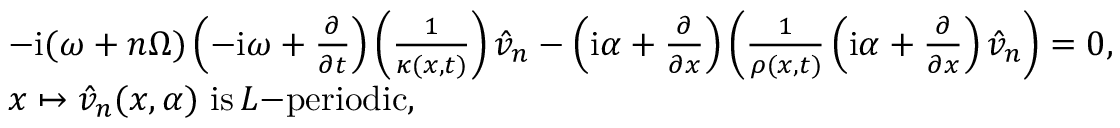
\begin{array} { r l } & { - \mathrm { i } { ( \omega + n \Omega ) } \left( - \mathrm { i } \omega + \frac { \partial } { \partial t } \right) \left( \frac { 1 } { \kappa ( x , t ) } \right) \Hat { v } _ { n } - \left( \mathrm { i } \alpha + \frac { \partial } { \partial x } \right) \left( \frac { 1 } { \rho ( x , t ) } \left( \mathrm { i } \alpha + \frac { \partial } { \partial x } \right) \Hat { v } _ { n } \right) = 0 , } \\ & { x \mapsto \Hat { v } _ { n } ( x , \alpha ) \, \, \mathrm { i s } \, L \mathrm { - p e r i o d i c } , } \end{array}